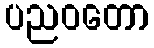
ပညဝတော